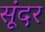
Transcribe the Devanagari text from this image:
सूंदर